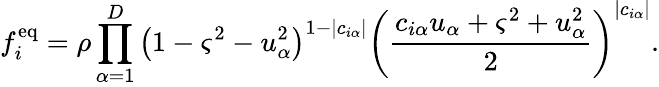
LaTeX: f_{i}^{\mathrm{eq}}=\rho\prod_{\alpha=1}^{D}{\left(1-\varsigma^{2}-u_{\alpha}^{2}\right)}^{1-\lvert c_{i\alpha}\lvert}{\left(\frac{c_{i\alpha}u_{\alpha}+\varsigma^{2}+u_{\alpha}^{2}}{2}\right)}^{\lvert c_{i\alpha}\lvert}.